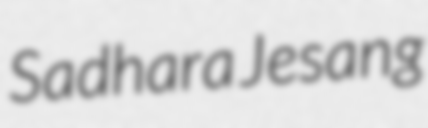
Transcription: Sadhara Jesang